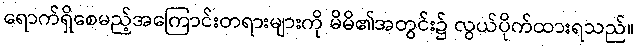
ရောက်ရှိစေမည့်အကြောင်းတရားများကို မိမိ၏အတွင်း၌ လွယ်ပိုက်ထားရသည်။